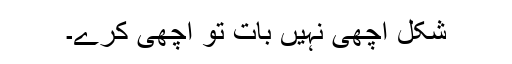
شکل اچھی نہیں بات تو اچھی کرے۔